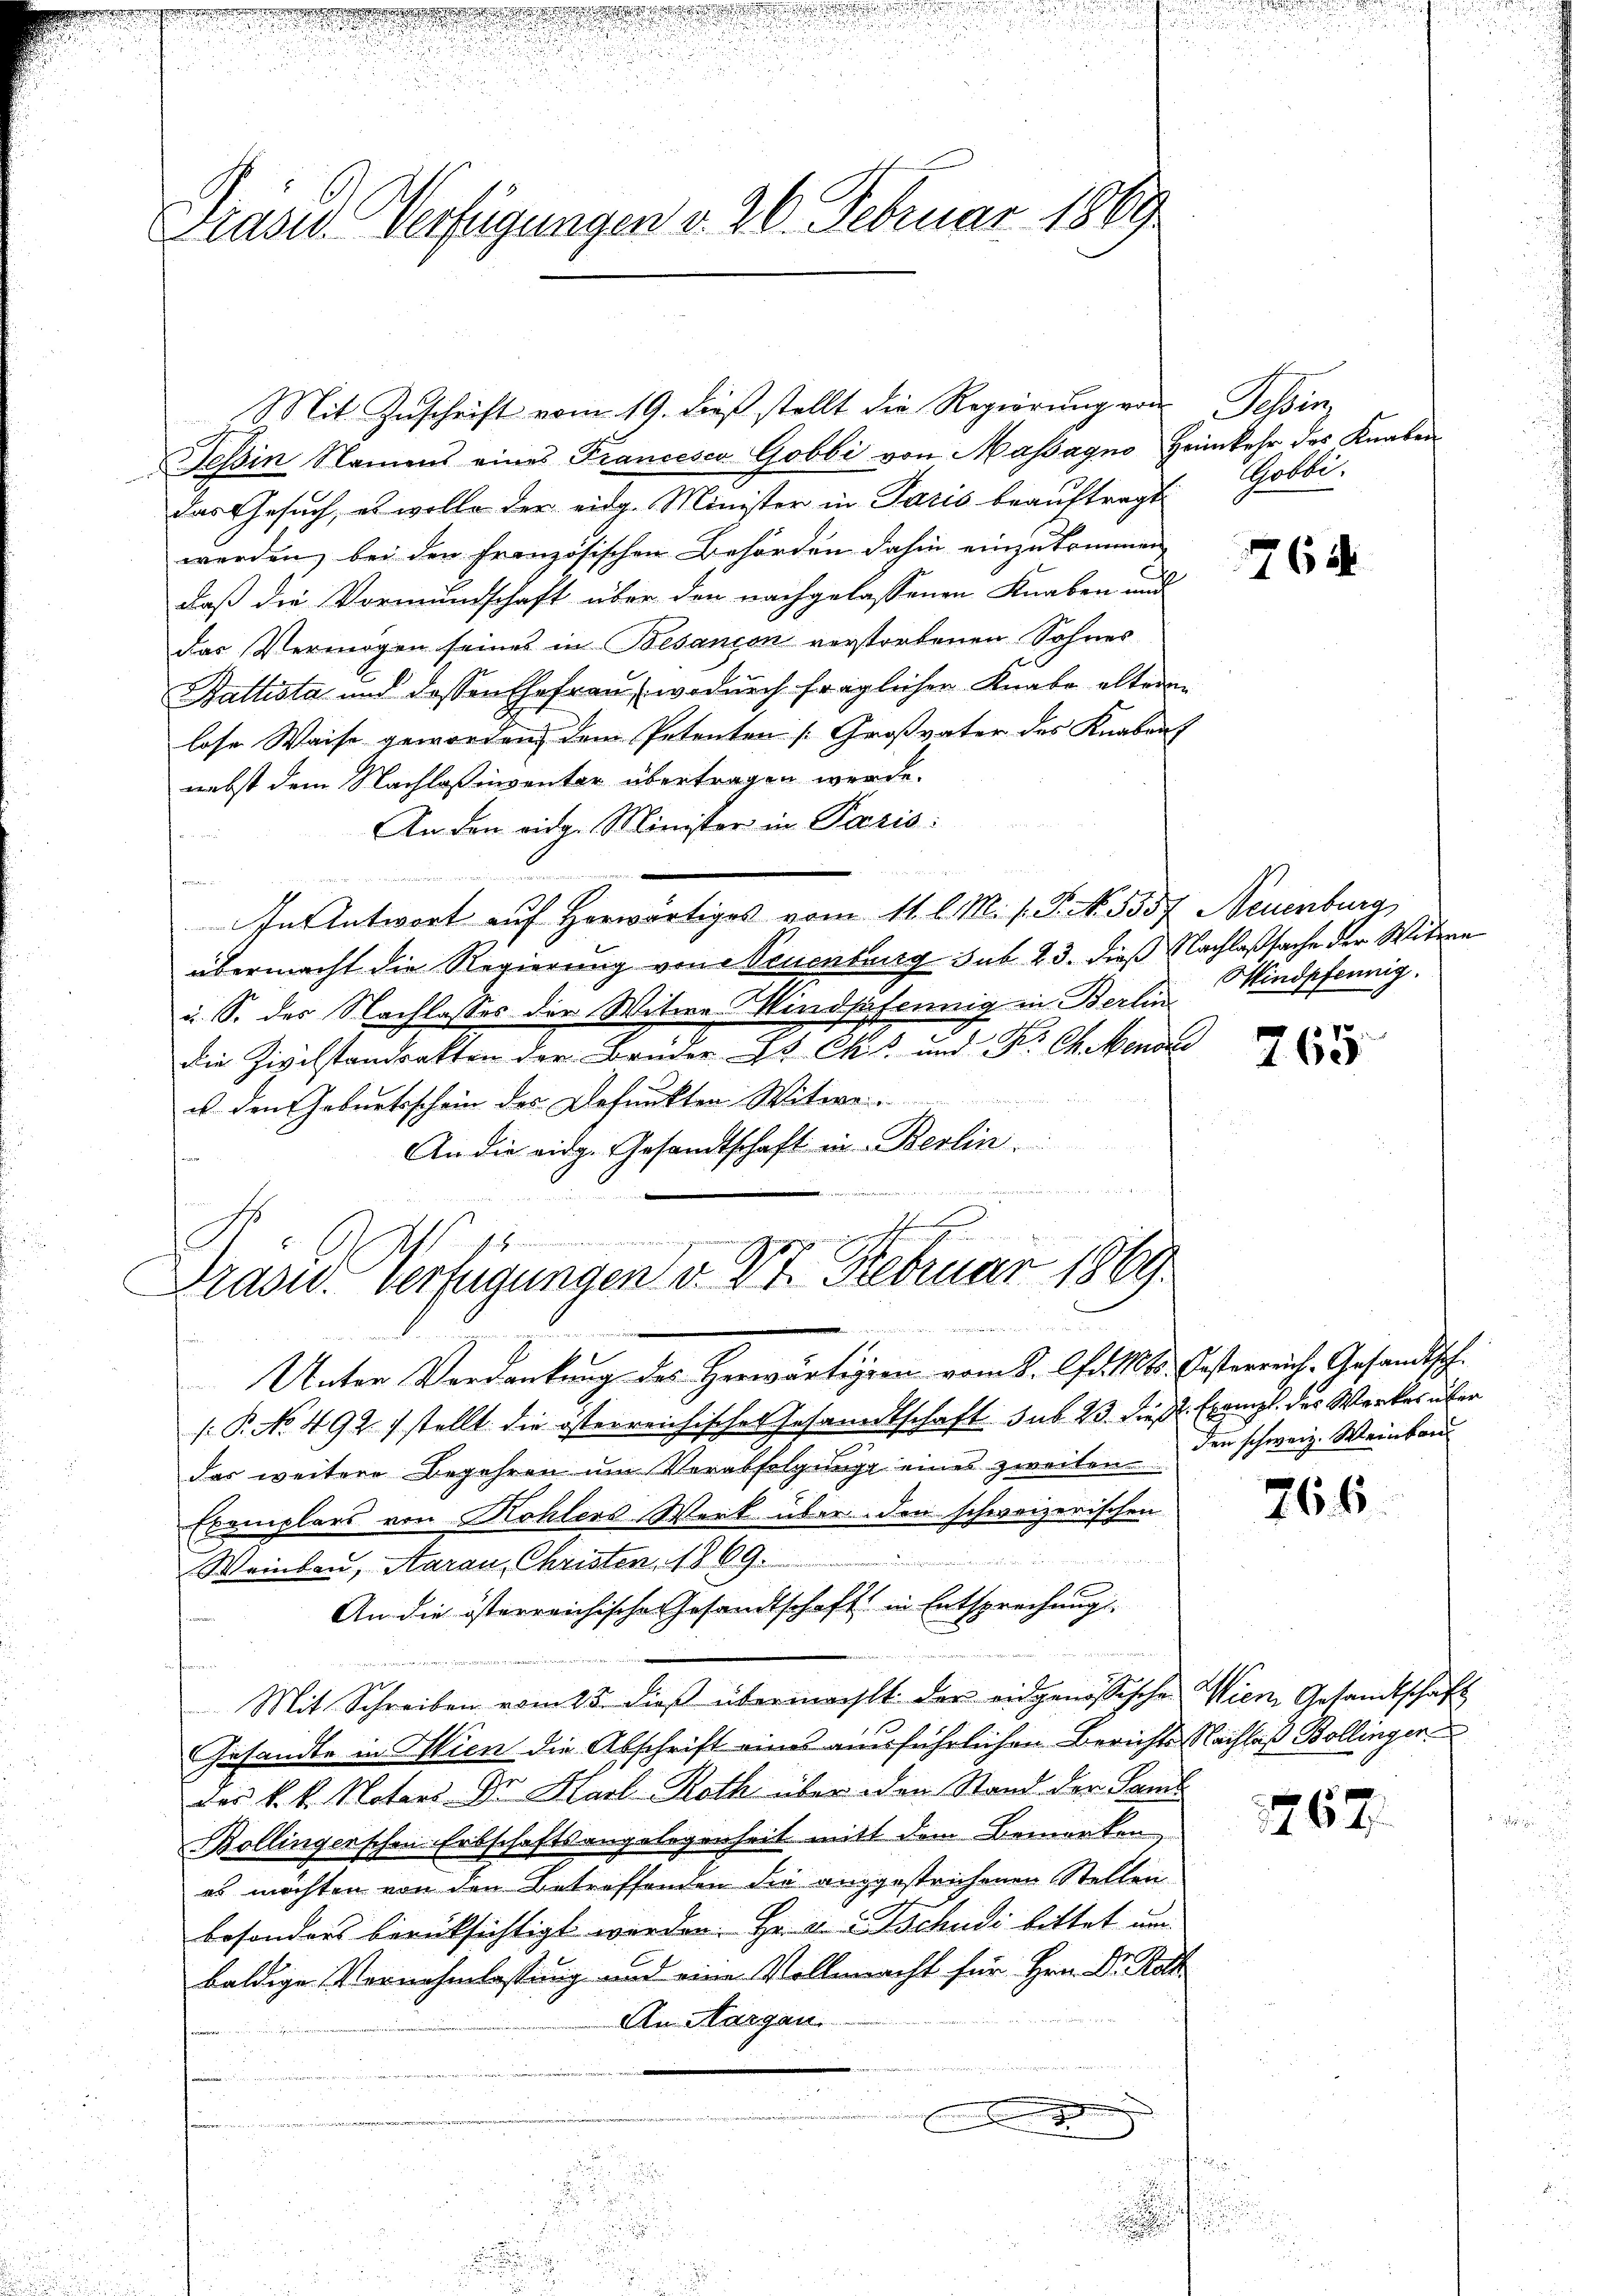
fend und der

Präses Verfügungen v. 26. Februar 1889

.
.

u
u

2

.

Mit Zuschrift vom 19. dieß stellt die Regierung von Tessin
Tessin Namens eines Francesca Gobbi von Massagno, Heimkehr des Knaben
das Gesuch, es wolle der eidg. Minister in Paris beauftragt
werden, bei den Französischen Behörden dahin einzukommen,
daß die Vormundschaft über den nachgelassenen Knaben und
das Vermögen seines in Besançon verstorbenen Sohnes
Ballista und dessen Ehefrau, wodurch fraglichen Knabe altern
lose Waise geworden dem Petenten Großvater des Knaben
nebst dem Nachlaß inventar übertragen werde.
An den eidg. Minister in Paris:
.
tr
In Antwort auf Horwärtiges vom 11. l. M. h. T. No. 5357, Neuenburg
übermacht die Regierung von Neuenburg sub. 23. dieß Nachlaßsache der Witwe
u. S. des Nachlasses der Witwe Windsafennig in Berlin Windpfennig.
die Zivilstandsakten der Brüder Gs Cks und F. Ch. Mendre
84
u den Geburtsschein des Befunkten Witwe
An die eidg. Gesandtschaft in Berlin.
4
Unter Verdankung des Herwärtigien vom 8. Apr. 101. Oesterreich-Gesandtsch
[P. No 492. stellt die österreichisches Gesandtschaft sub. 23. dieß. Exempl. des Werkes über
das weitere Begehren um Verabfolgung eines zweiten
Exemplars von Kohlers Werk über den schweizerischen

Weinken, Aarau Christen, 1869.
h
An die österreichische Gesandtschaft in Entsprechung

d
Mit Schreiben vom 25. dieß übermacht der eidgenössische Wien Gesandtschaft
Gesandte in Wien die Abschrift eines ausführlichen Berichts Nachlaß Bollinger
des k. k. Notars Dr. Karl Roth über den Stand der Sani
Bollingerschen Erbschaftsangelegenheit mit dem Bemerken,
es möchten von den Betreffenden die anggestrichenen Stellen
besonders berüksichtigt werden. Hr. v. u. Tschudi bittet um
baldige Vernehmlassung und eine Vollmacht für Hrn. Dr. Roth
An Margau.
t

a
u
u

e

t
t
Prasw. Verfügungen v. 17. Februar 1869.
e
.

Gobbi.

d
u

1761

765

den schweiz. Weinkon

766.

e

1767.